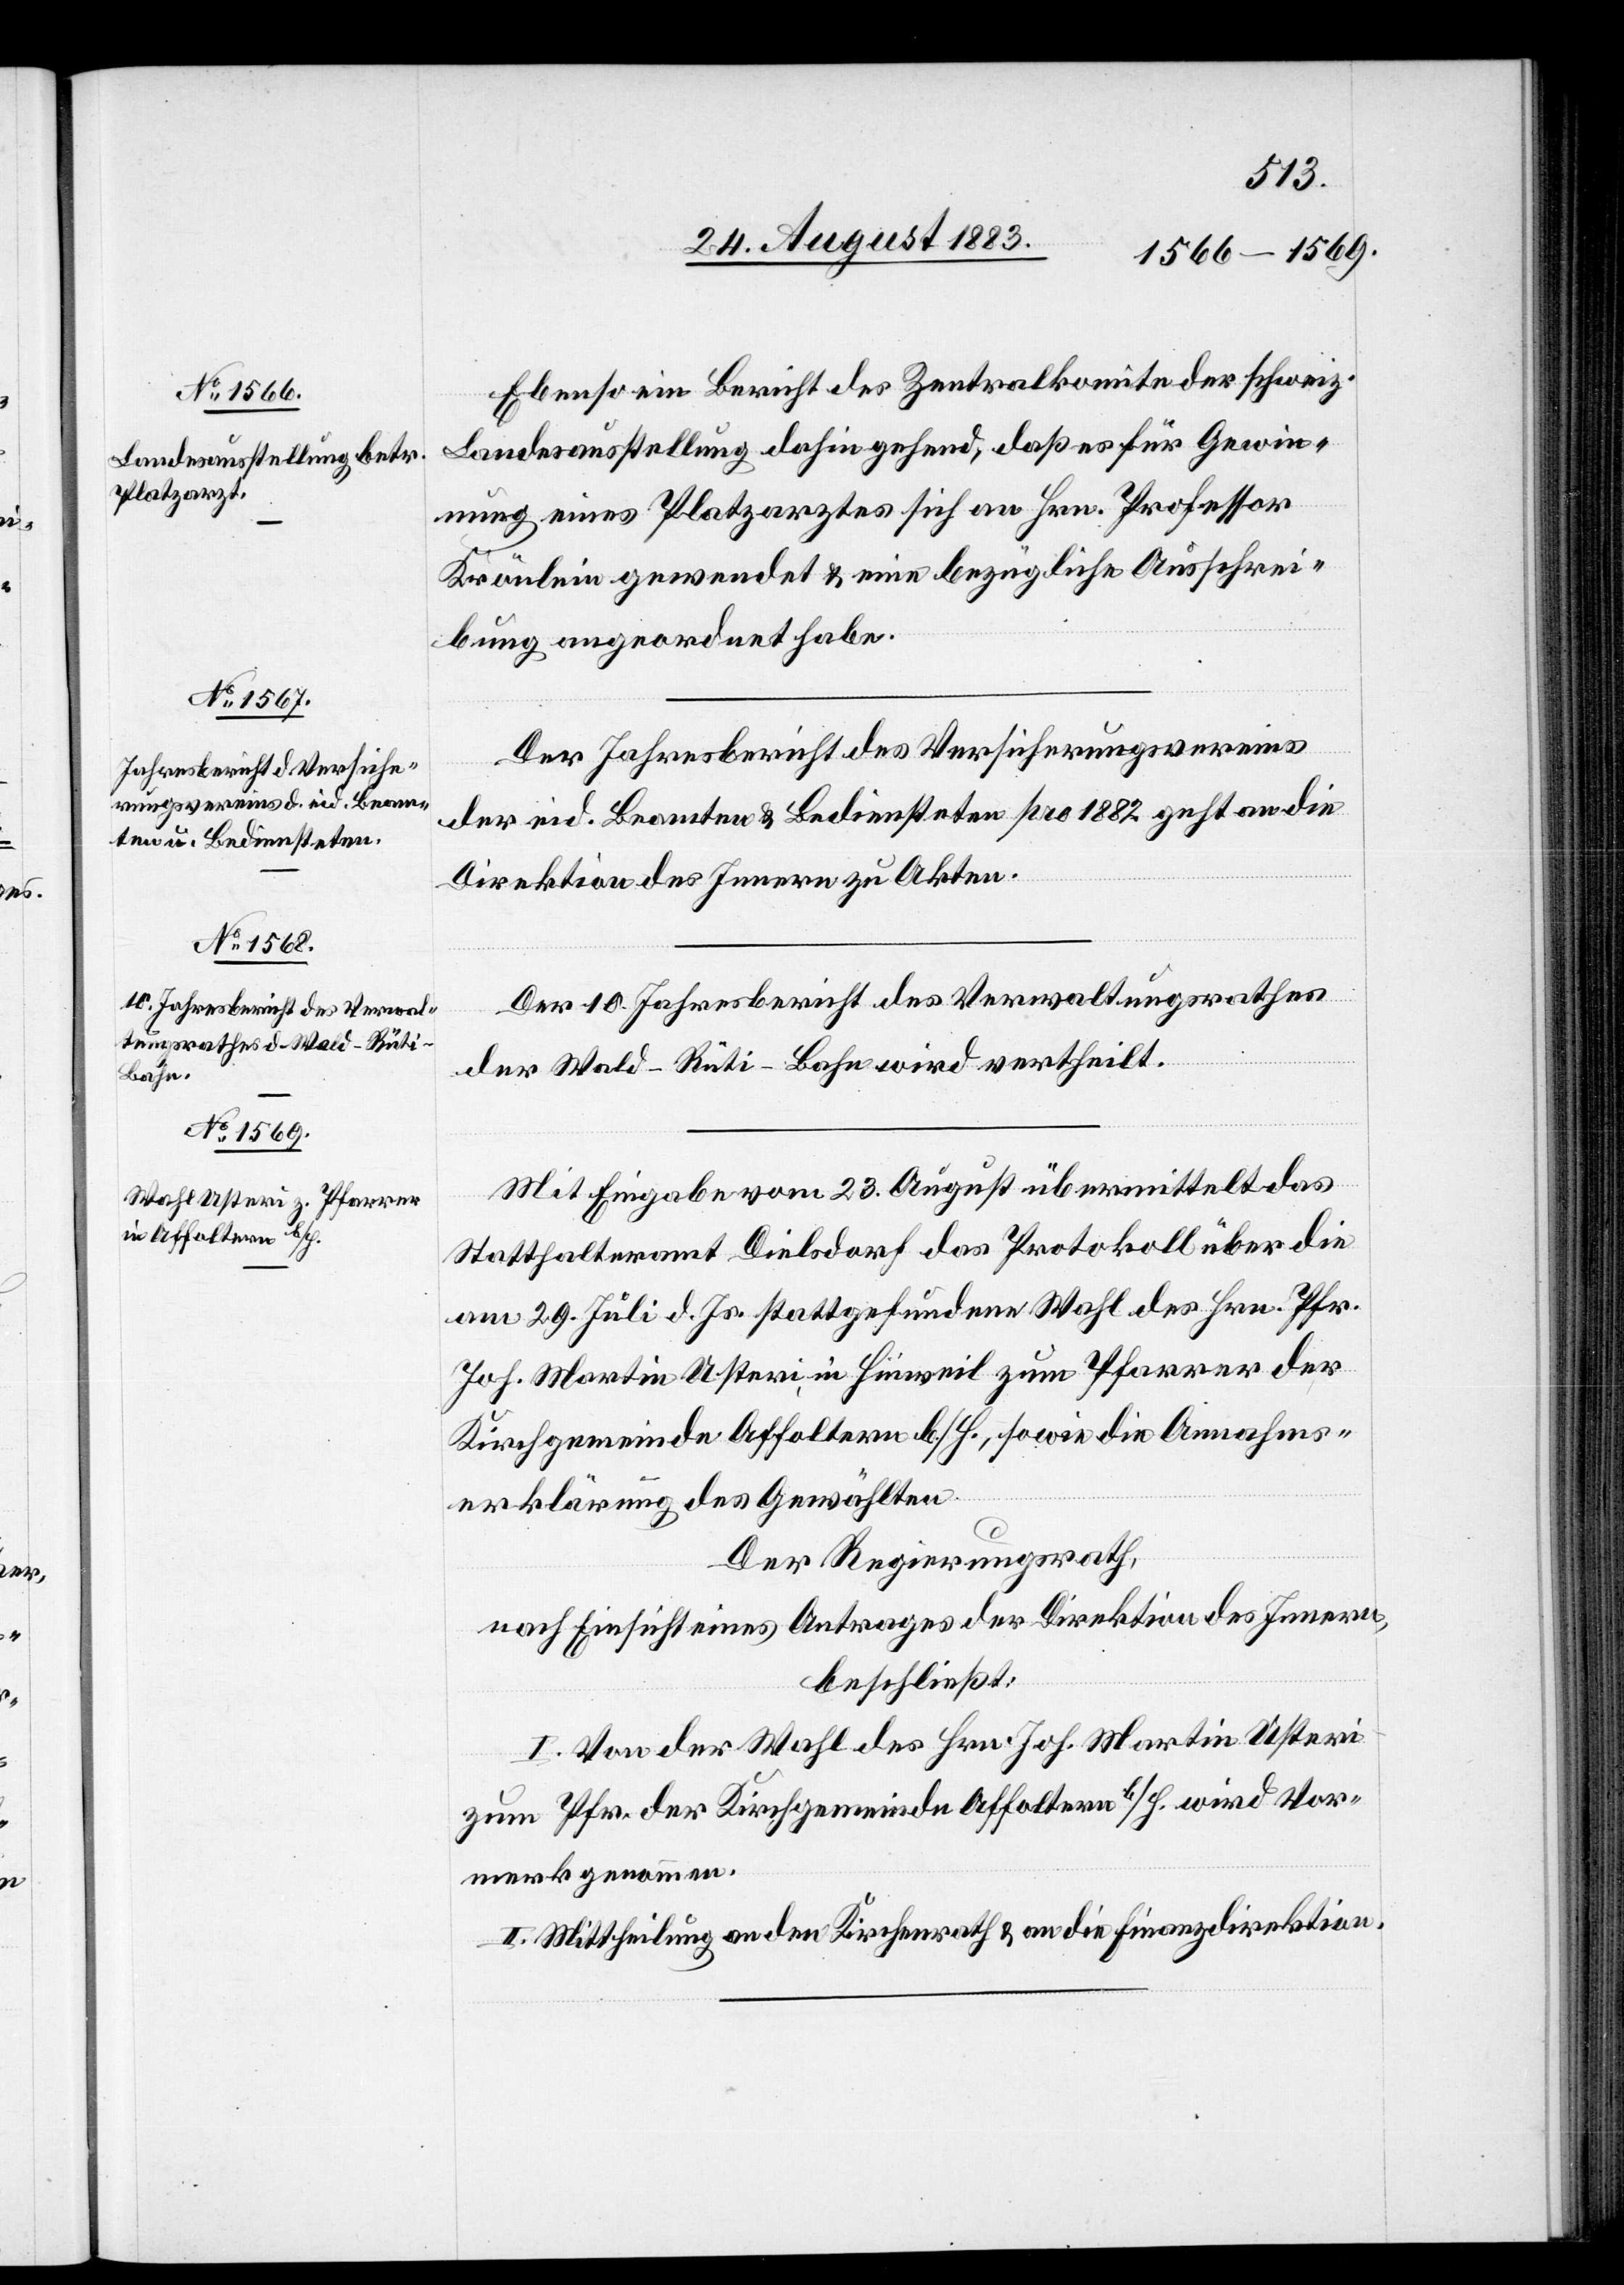
Ebenso ein Bericht des Zentralkomite der schweiz.
Landesausstellung dahin gehend, daß es für Gewin¬
nung eines Platzarztes sich an Hrn. Professor
Krönlein gewendet & eine bezügliche Ausschrei¬
bung angeordnet habe.
Der Jahresbericht des Versicherungsvereins
der eid. Beamten & Bediensteten pro 1882 geht an die
Direktion des Innern zu Akten.
Der 10. Jahresbericht des Verwaltungsrathes
der Wald–Rüti-Bahn wird vertheilt.
Mit Eingabe vom 23. August übermittelt das
Statthalteramt Dielsdorf das Protokoll über die
am 29. Juli d. Js. stattgefundene Wahl des Hrn. Pfr.
Joh. Martin Usteri in Hinweil zum Pfarrer der
Kirchgemeinde Affoltern b./H., sowie die Annahms¬
erklärung des Gewählten.
Der Regierungsrath,
nach Einsicht eines Antrages der Direktion des Innern,
beschließt:
I. Von der Wahl des Hrn. Joh. Martin Usteri
zum Pfr. der Kirchgemeinde Affoltern b./H. wird Vor¬
merk genommen.
II. Mittheilung an den Kirchenrath & an die Finanzdirektion.